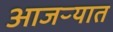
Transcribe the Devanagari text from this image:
आजऱ्यात